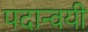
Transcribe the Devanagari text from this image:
पदान्वयी